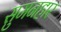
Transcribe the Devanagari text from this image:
सुमनहार